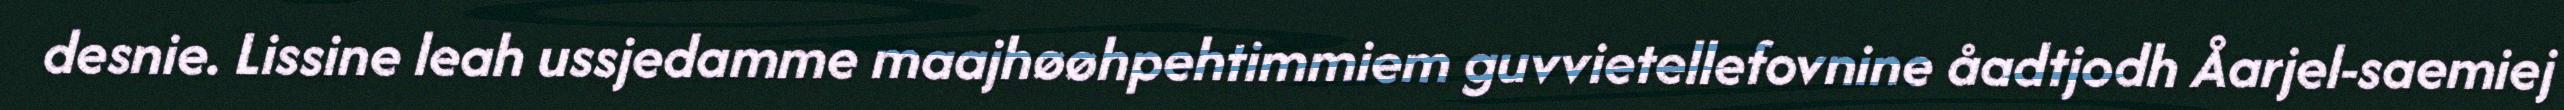
desnie. Lissine leah ussjedamme maajhøøhpehtimmiem guvvietellefovnine åadtjodh Åarjel-saemiej